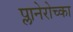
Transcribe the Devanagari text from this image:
प्लानेरोच्का